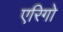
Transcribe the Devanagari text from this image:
एरिगो